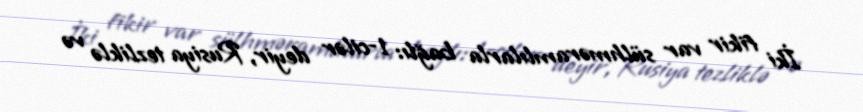
İki fikir var sülhməramlılarla bağlı: 1-cilər deyir, Rusiya tezliklə və